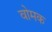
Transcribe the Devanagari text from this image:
वोमक